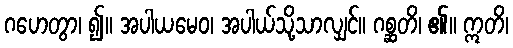
ဂဟေတွာ၊ ၍။ အပါယမေဝ၊ အပါယ်သို့သာလျှင်။ ဂစ္ဆတိ၊ ၏။ ဣတိ၊